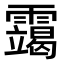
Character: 𫕴